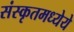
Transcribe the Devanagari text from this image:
संस्कृतमध्येये